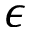
\epsilon